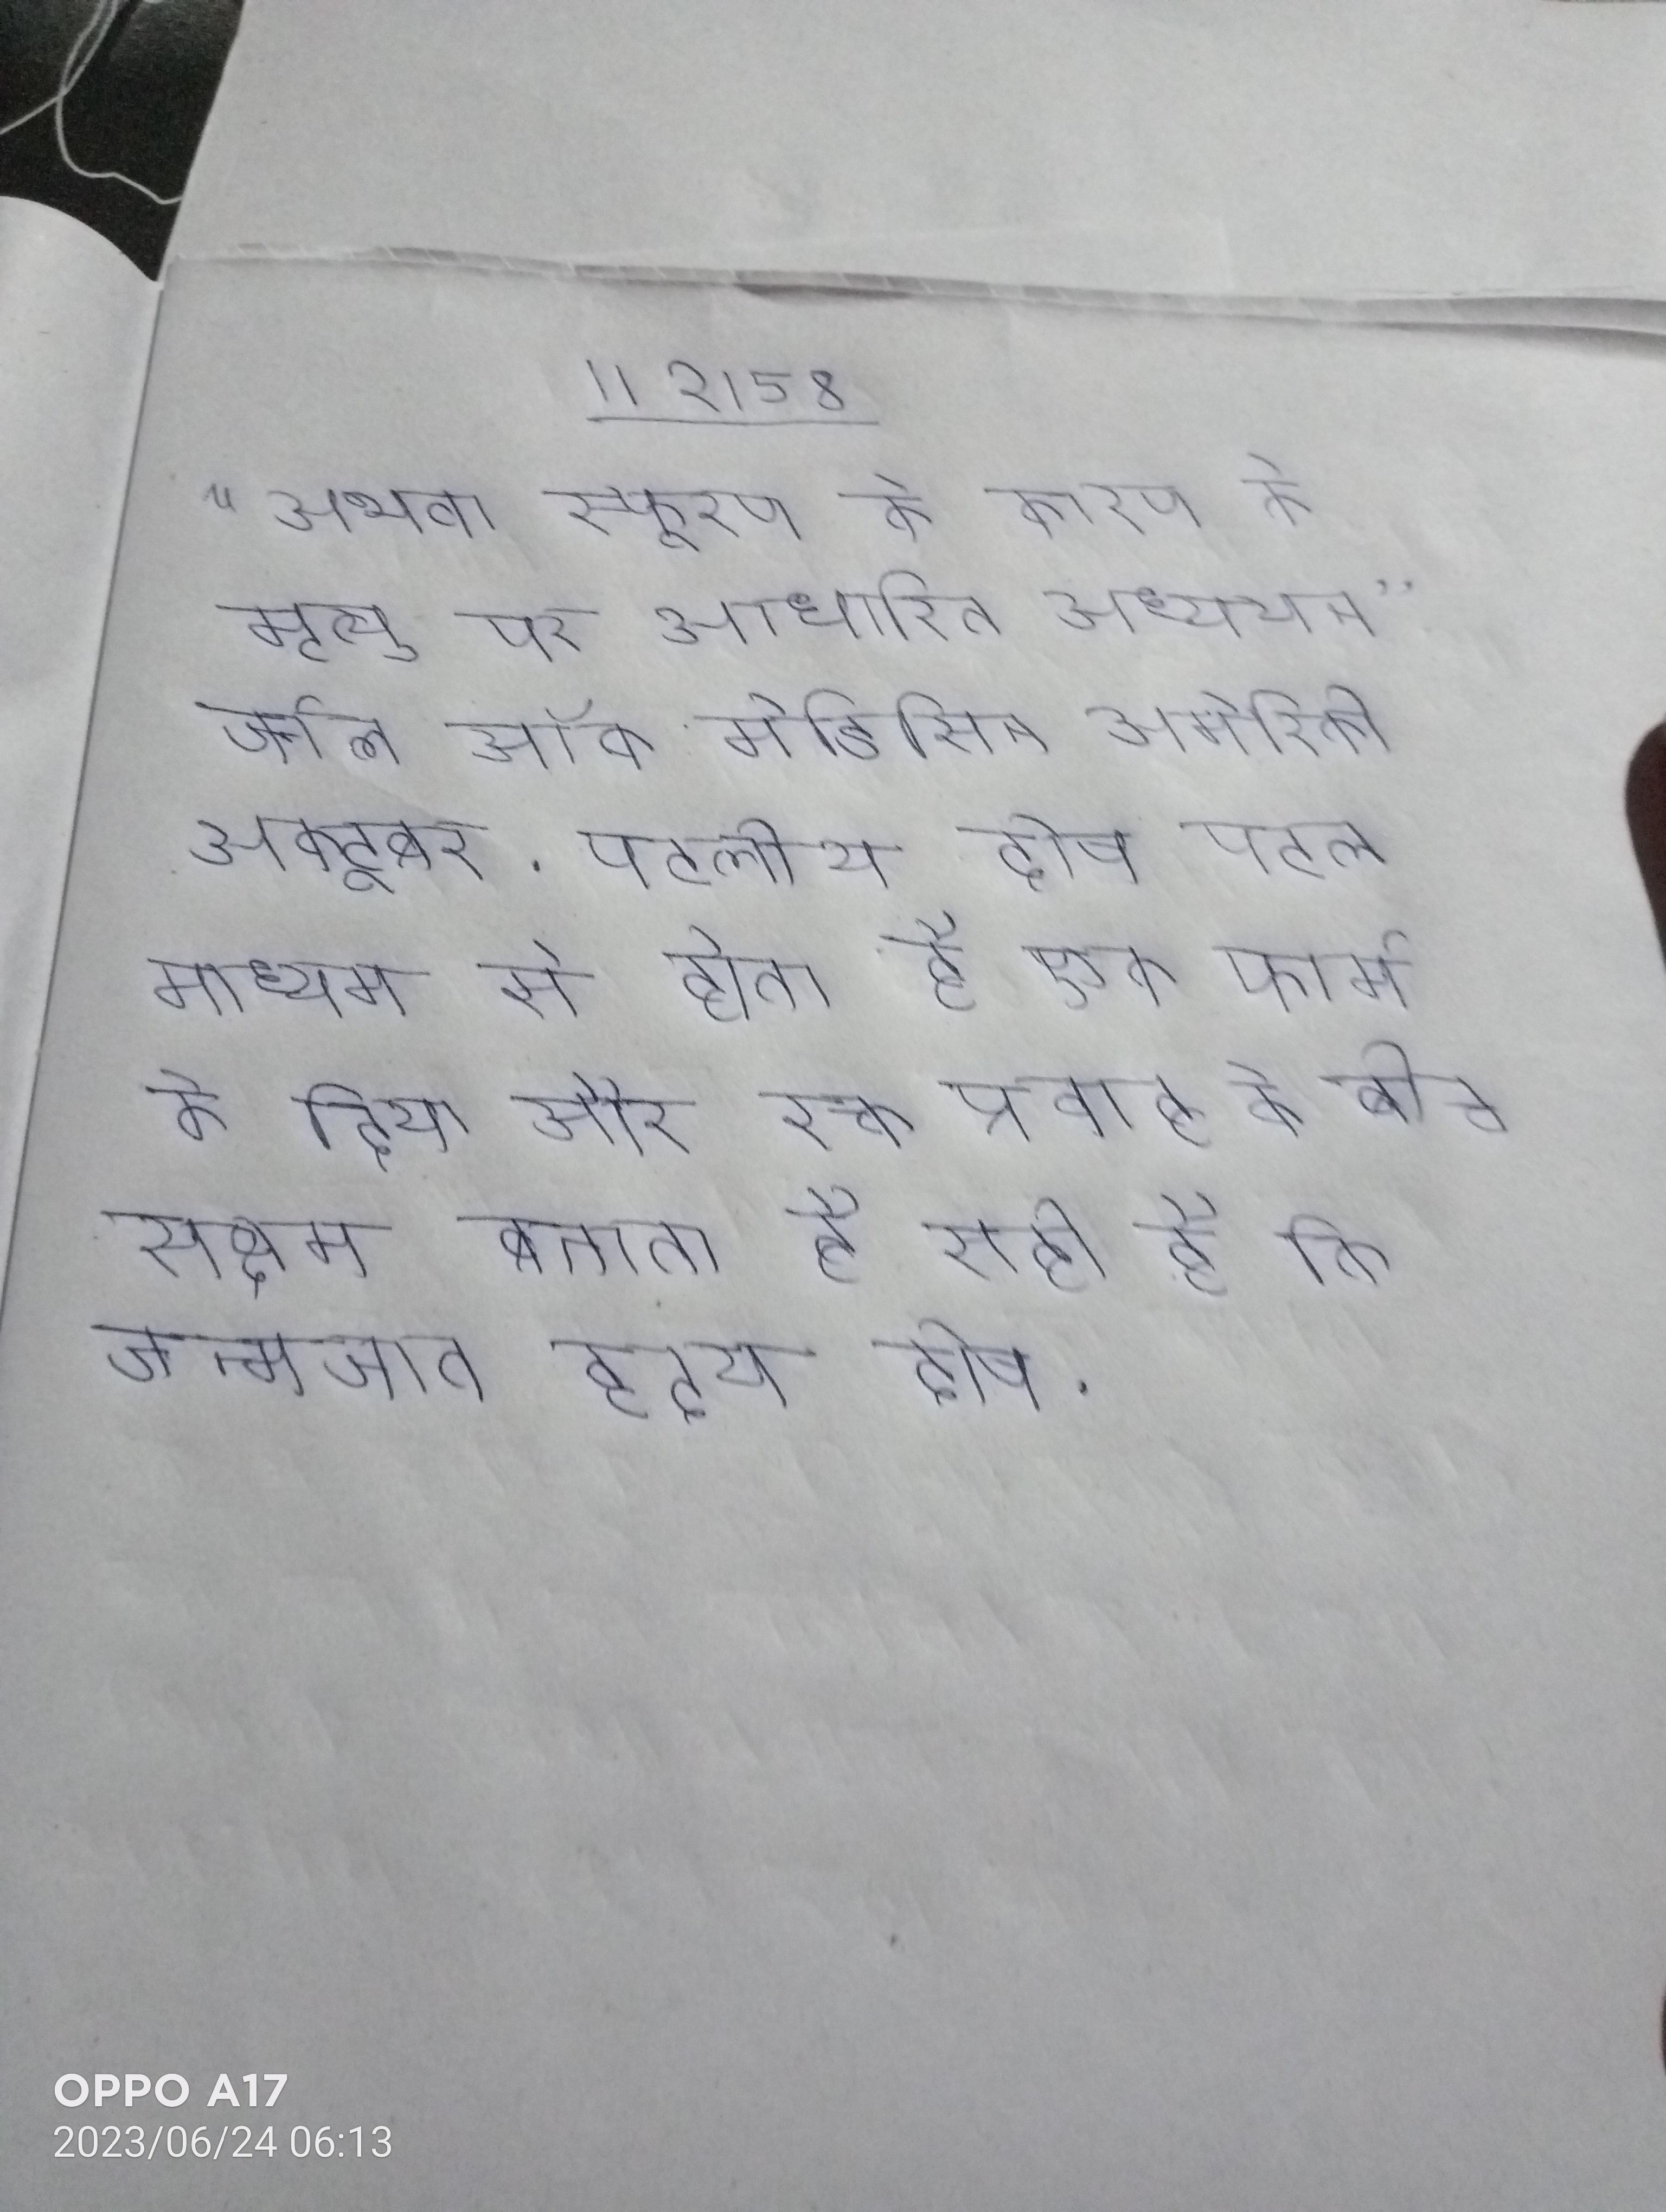
" अथवा स्फुरण के कारण के मृत्यु पर आधारित अध्ययन" जर्नल ऑफ मेडिसिन अमेरिकी अक्टूबर . पटलीय दोष पटल माध्यम से होता है एक फार्म के दिया और रक्त प्रवाह के बीच सक्षम बनाता है सही है कि जन्मजात हृदय दोष .